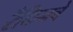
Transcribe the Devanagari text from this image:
रँकिनचे